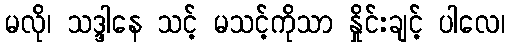
မလို၊ သဒ္ဒါနေ သင့် မသင့်ကိုသာ နှိုင်းချင့် ပါလေ၊